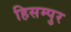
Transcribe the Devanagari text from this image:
हिसम्पुर